King Institute of Preventive Medicine Micro-Biological Section reports 1909-11
Year: 1909
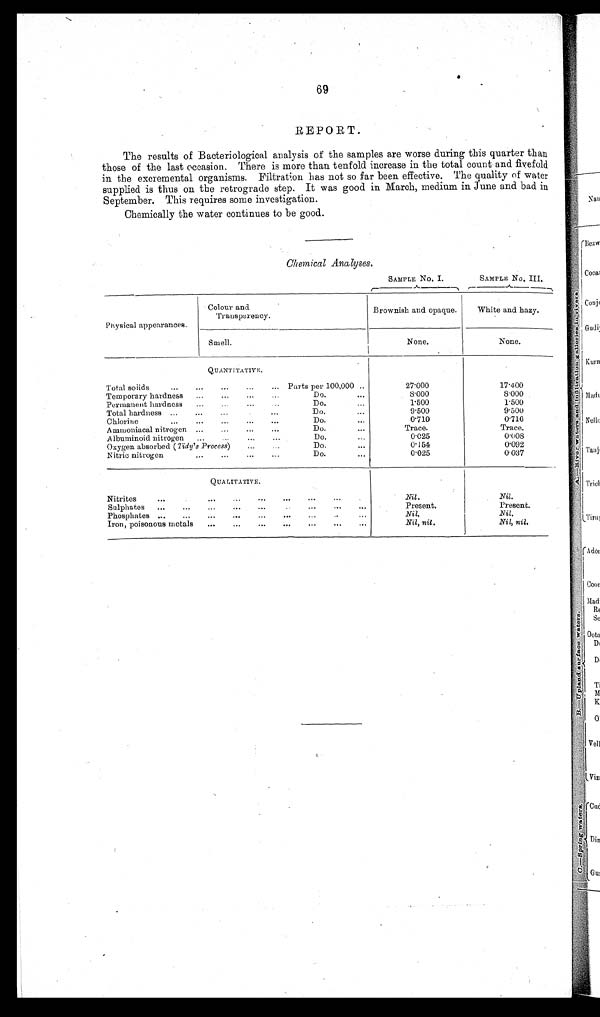
69
REPORT.
The results of Bacteriological analysis of the samples are worse during this quarter than
those of the last occasion. There is more than tenfold increase in the total count and fivefold
in the excremental organisms. Filtration has not so far been effective. The quality of water
supplied is thus on the retrograde step. It was good in March, medium in June and bad in
September. This requires some investigation.
Chemically the water continues to be good.
Chemical Analyses.
SAMPLE No.I.
SAMPLE No. III.
Physical appearances.
Colour and
Transparency.
Brownish and opaque.
White and hazy.
Smell.
None.
None.
QUANTITATIVE.
Total solids
...
...
...
...
... Parts per 100,000 ...
27.000
17.400
Temporary hardness
...
...
... ...
Do.
...
8.000
8.000
Permanent hardness
...
...
...
. . .
Do.
...
1.500
1.500
Total hardness ...
...
... ...
...
Do.
...
9.500
9.500
Chlorine
. . .
...
...
...
...
Do.
...
0.710
0.710
Ammoniacal nitrogen ... ...
...
...
Do.
...
Trace.
Trace.
Albuminoid nitrogen
...
...
...
...
Do.
...
0.025
0.008
Oxygen absorbed ( Tidy's Process)
...
. . .
Do.
...
0.151
0.092
Nitric nitrogen
...
...
...
...
Do.
...
0.025
0.037
QUALITATIVE.
Nitrites
...
...
...
...
...
...
...
...
...
Nil.
Nil.
Sulphates
...
...
...
...
... ...
. . .
. . .
...
Present.
Present.
Phosphates ...
...
...
...
. . .
... ...
...
...
Nil.
Nil.
Iron, poisonous metals ...
. . .
...
...
...
...
...
. . .
...
Nil, nil.
Nil, nil.